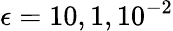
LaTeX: \epsilon={10,1,10^{-2}}